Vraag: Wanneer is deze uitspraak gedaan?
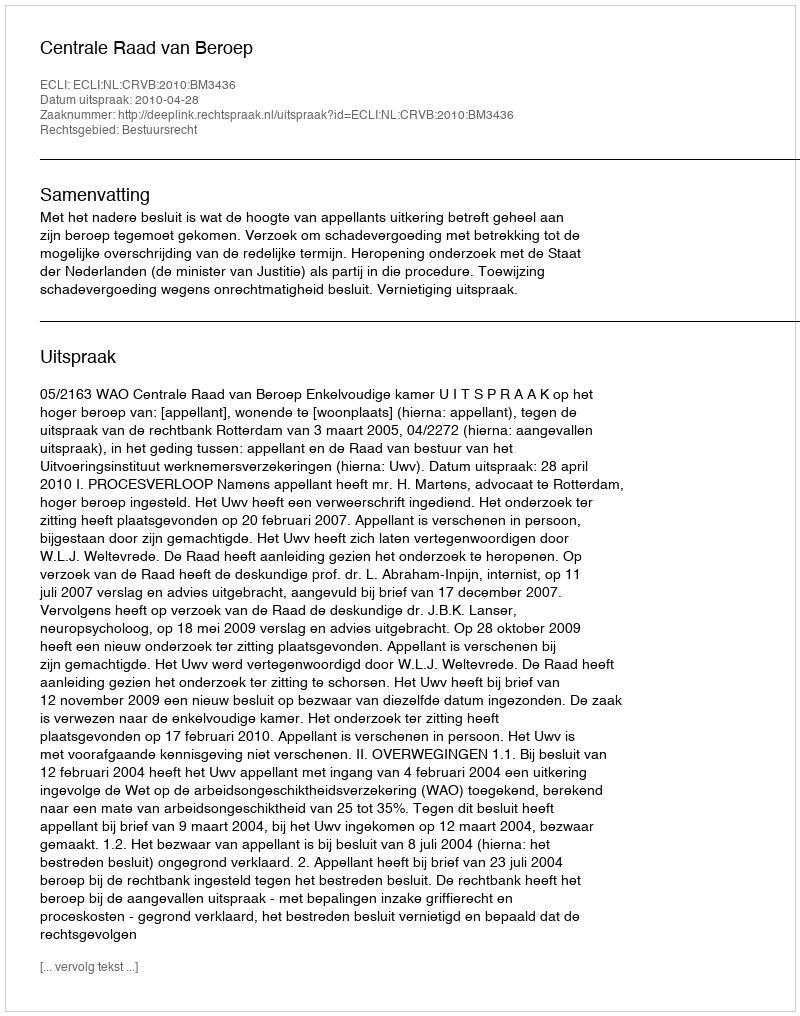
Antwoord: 2010-04-28